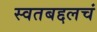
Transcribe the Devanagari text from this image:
स्वतबद्दलचं